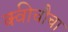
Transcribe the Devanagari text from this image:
क्वीचौचा